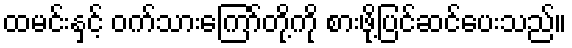
ထမင်းနှင့် ဝက်သားကြော်တို့ကို စားဖို့ပြင်ဆင်ပေးသည်။